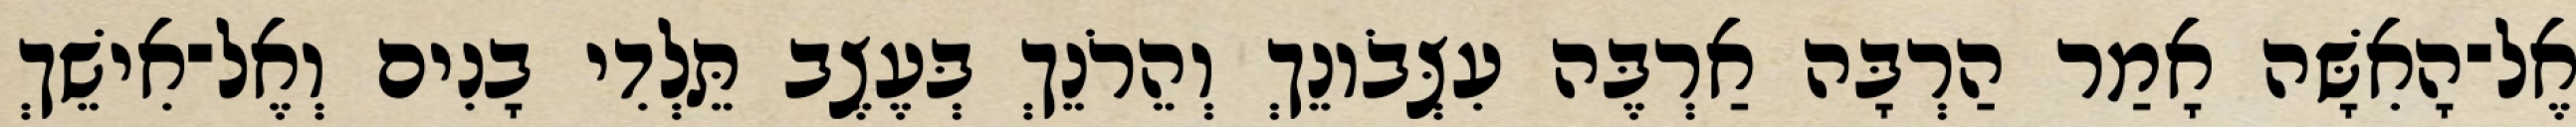
אֶל־הָאִשָּׁה אָמַר הַרְבָּה אַרְבֶּה עִצְּבֹונֵךְ וְהֵרֹנֵךְ בְּעֶצֶב תֵּלְדִי בָנִים וְאֶל־אִישֵׁךְ